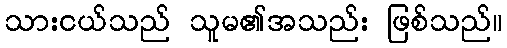
သားငယ်သည် သူမ၏အသည်း ဖြစ်သည်။